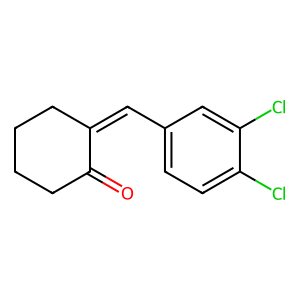
SMILES: O=C1CCCCC1=Cc1ccc(Cl)c(Cl)c1
Inhibits HIV replication: No